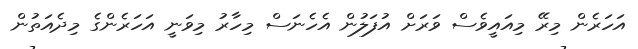
އަހަރެން މިރޭ މިއައީވެސް ވަރަށް އުފަލުން އެހެނަސް މިހާރު މިވަނީ އަހަރެންގެ މިދެއަތުން